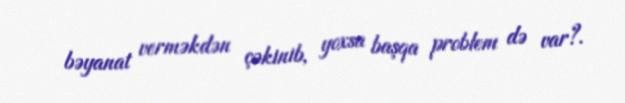
bəyanat verməkdən çəkinib, yoxsa başqa problem də var?.